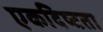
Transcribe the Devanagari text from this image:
एकदिष्‍टता